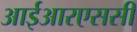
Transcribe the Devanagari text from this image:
आईआरएससी